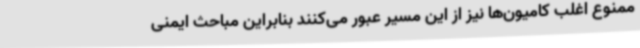
ممنوع اغلب کامیون‌ها نیز از این مسیر عبور می‌کنند بنابراین مباحث ایمنی